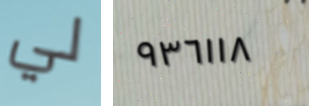
لي ٩٣٦١١٨